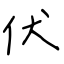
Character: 伏